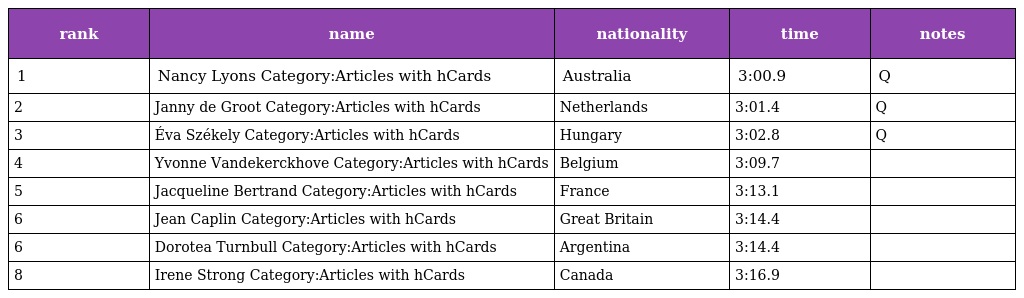
| rank | name | nationality | time | notes |
 | --- | --- | --- | --- | --- |
 | 1 | Nancy Lyons Category:Articles with hCards | Australia | 3:00.9 | Q |
 | 2 | Janny de Groot Category:Articles with hCards | Netherlands | 3:01.4 | Q |
 | 3 | Éva Székely Category:Articles with hCards | Hungary | 3:02.8 | Q |
 | 4 | Yvonne Vandekerckhove Category:Articles with hCards | Belgium | 3:09.7 |  |
 | 5 | Jacqueline Bertrand Category:Articles with hCards | France | 3:13.1 |  |
 | 6 | Jean Caplin Category:Articles with hCards | Great Britain | 3:14.4 |  |
 | 6 | Dorotea Turnbull Category:Articles with hCards | Argentina | 3:14.4 |  |
 | 8 | Irene Strong Category:Articles with hCards | Canada | 3:16.9 |  |